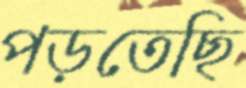
পড়তেছি